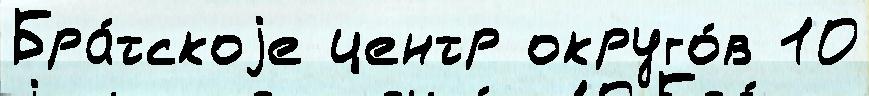
Бра́тскоjе центр округо́в 10